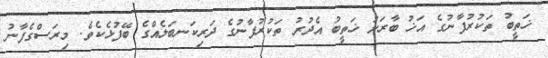
ޚަތީބު ތަކުރުފާނުގެ އަޚު ބާރަށު ޚަތީބު އެދުރު ތަކުރުފާނުގެ ދަރިކަނބަލެއްގެ ބޭފުޅެކެވެ. މިރަސްގެފާނު